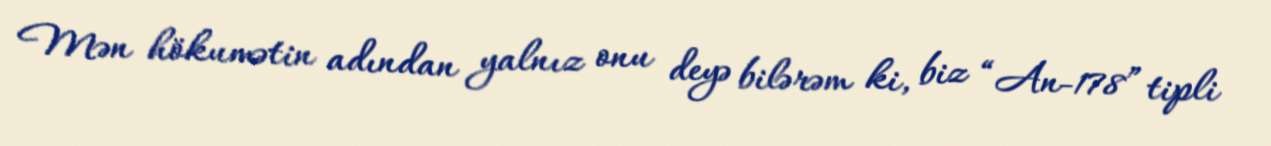
Mən hökumətin adından yalnız onu deyə bilərəm ki, biz “An-178” tipli